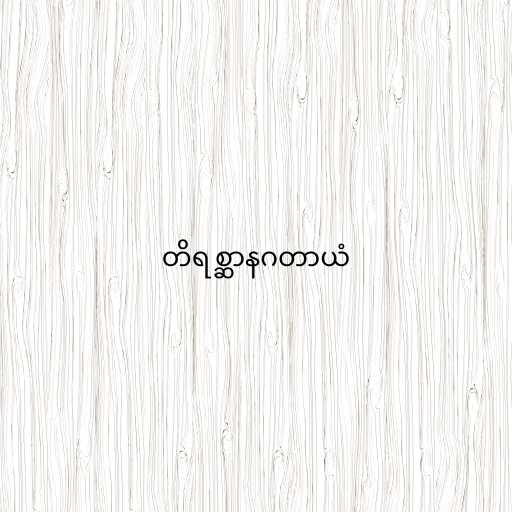
တိရစ္ဆာနဂတာယံ